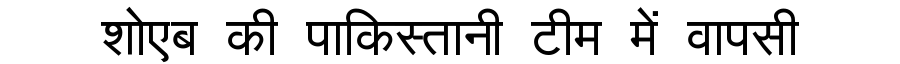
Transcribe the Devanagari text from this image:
शोएब की पाकिस्तानी टीम में वापसी